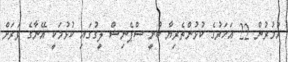
އުމުރުން 22 އަހަރުގެ ކުޅުންތެރިޔާ ބުނީ ސްޕެނިޝް ލީގުގައި ކުޅުމަކީ އޭނާގެ ވަރަށް